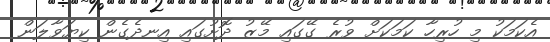
އެކަމަކު މި ހުރިހާ ކަމަކަށް ވުރެ ގޭގައި މޭޒު ދޮށުގައި އިނދެގެން ކިޔަވާލަން